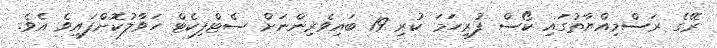
ރޭގެ ރަސްމިއްޔާތުގައި ކޯސް ފުރިހަމަ ކުރި 19 ބައިވެރިންނަށް ސެޓްފިކެޓް ހަވާލުކޮށްފައިވެ އެވެ.